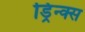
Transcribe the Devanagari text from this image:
ड्रिन्क्स